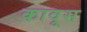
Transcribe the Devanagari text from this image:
कावूस